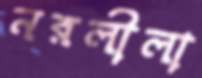
নরলীলা